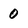
Character: 0